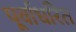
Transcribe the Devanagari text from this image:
पूर्वाधरित